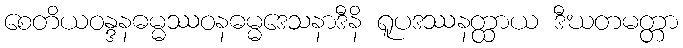
စေတိယဝန္ဒနဓမ္မဿဝနဓမ္မဒေသနာဒီနိ ရူပဒဿနတ္ထာယ ဒီဃတမတ္တာ